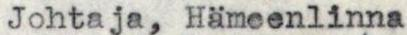
Johtaja, Hämeenlinna